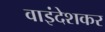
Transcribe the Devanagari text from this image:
वाइंदेशकर